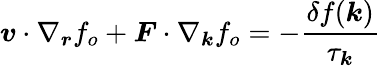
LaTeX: \boldsymbol{v}\cdot\nabla_{\boldsymbol{r}}f_{o}+\boldsymbol{F}\cdot\nabla_{\boldsymbol{k}}f_{o}=-\frac{\delta f(\boldsymbol{k})}{\tau_{\boldsymbol{k}}}